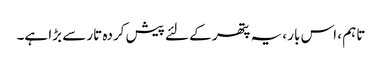
تاہم ، اس بار ، یہ پتھر کے لئے پیش کردہ تار سے بڑا ہے۔